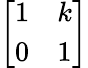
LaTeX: \left[\begin{array}{ll}{1}&{k}\\ {0}&{1}\end{array}\right]